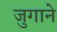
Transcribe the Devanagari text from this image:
जुगाने